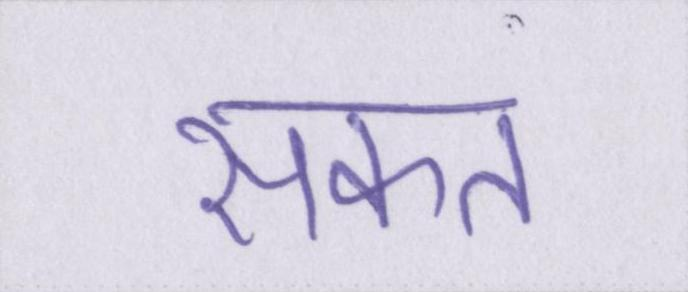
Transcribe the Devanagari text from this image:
सकत